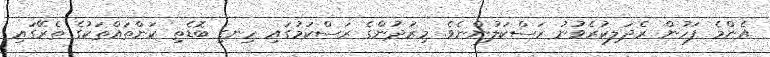
އެންމެ ފަހުން ރެދަލިކުރެވުނު ރަސްކަލުންނެވެ. މިރަދުންގެ ރަސްކަމުގައި ހިނގި ބޮޑެތި ކަންތައްތަކުގެ ތެރޭގައި